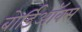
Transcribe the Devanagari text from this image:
बोर्डिऑक्स